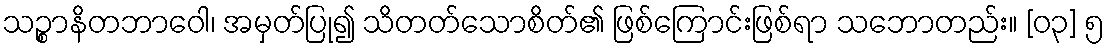
သဉ္စာနိတဘာဝေါ၊ အမှတ်ပြု၍ သိတတ်သောစိတ်၏ ဖြစ်ကြောင်းဖြစ်ရာ သဘောတည်း။ [၀၃] ၅